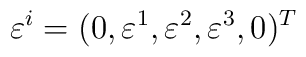
\varepsilon^{i} = (0, \varepsilon^1,\varepsilon^2,\varepsilon^3 , 0)^T